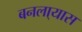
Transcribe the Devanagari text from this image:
बनला्यास